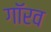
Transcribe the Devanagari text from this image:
गॉरव